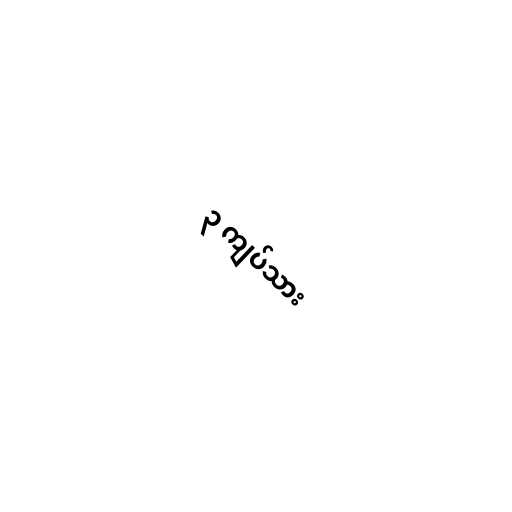
၃ ကျပ်သား